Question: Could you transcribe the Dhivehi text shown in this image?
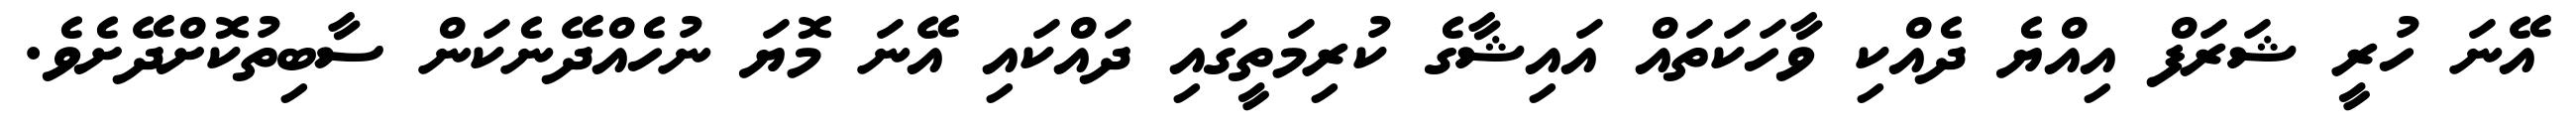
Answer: އޭނަ ހުރީ ޝަރަފް އިއްޔެ ދެއްކި ވާހަކަތައް އައިޝާގެ ކުރިމަތީގައި ދައްކައި އޭނަ މޮޔަ ނުހެއްދޭނެކަން ސާބިތުކޮށްދޭށެވެ.